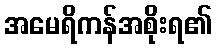
အမေရိကန်အစိုးရ၏